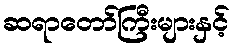
ဆရာတော်ကြီးများနှင့်